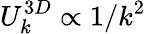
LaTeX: U_{k}^{3D}\propto 1/k^{2}